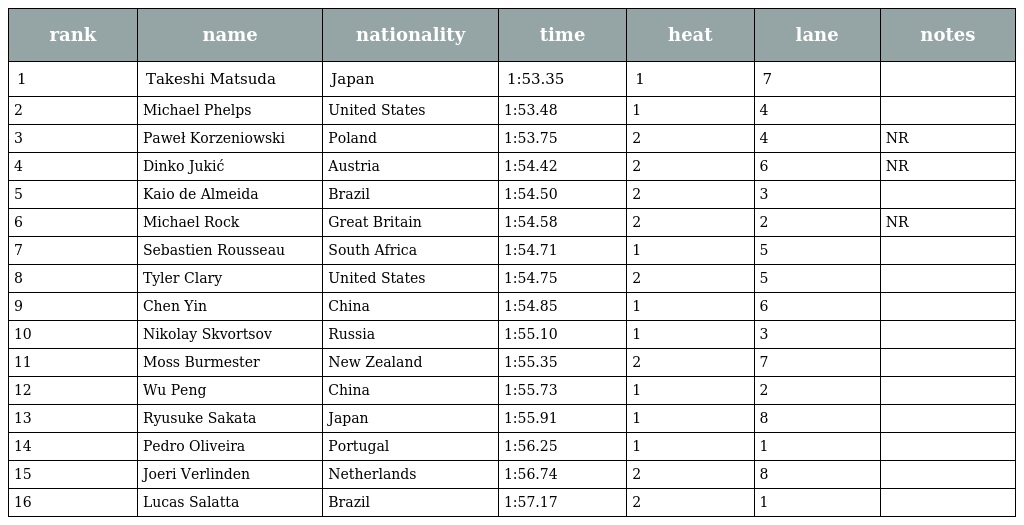
| rank | name | nationality | time | heat | lane | notes |
 | --- | --- | --- | --- | --- | --- | --- |
 | 1 | Takeshi Matsuda | Japan | 1:53.35 | 1 | 7 |  |
 | 2 | Michael Phelps | United States | 1:53.48 | 1 | 4 |  |
 | 3 | Paweł Korzeniowski | Poland | 1:53.75 | 2 | 4 | NR |
 | 4 | Dinko Jukić | Austria | 1:54.42 | 2 | 6 | NR |
 | 5 | Kaio de Almeida | Brazil | 1:54.50 | 2 | 3 |  |
 | 6 | Michael Rock | Great Britain | 1:54.58 | 2 | 2 | NR |
 | 7 | Sebastien Rousseau | South Africa | 1:54.71 | 1 | 5 |  |
 | 8 | Tyler Clary | United States | 1:54.75 | 2 | 5 |  |
 | 9 | Chen Yin | China | 1:54.85 | 1 | 6 |  |
 | 10 | Nikolay Skvortsov | Russia | 1:55.10 | 1 | 3 |  |
 | 11 | Moss Burmester | New Zealand | 1:55.35 | 2 | 7 |  |
 | 12 | Wu Peng | China | 1:55.73 | 1 | 2 |  |
 | 13 | Ryusuke Sakata | Japan | 1:55.91 | 1 | 8 |  |
 | 14 | Pedro Oliveira | Portugal | 1:56.25 | 1 | 1 |  |
 | 15 | Joeri Verlinden | Netherlands | 1:56.74 | 2 | 8 |  |
 | 16 | Lucas Salatta | Brazil | 1:57.17 | 2 | 1 |  |